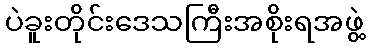
ပဲခူးတိုင်းဒေသကြီးအစိုးရအဖွဲ့